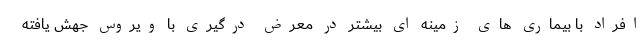
افراد با بیماری های زمینه ای بیشتر در معرض درگیری با ویروس جهش یافته